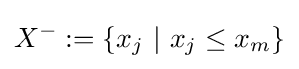
X^{-}:=\{x_{j}~|~x_{j}\leq x_{m}\}